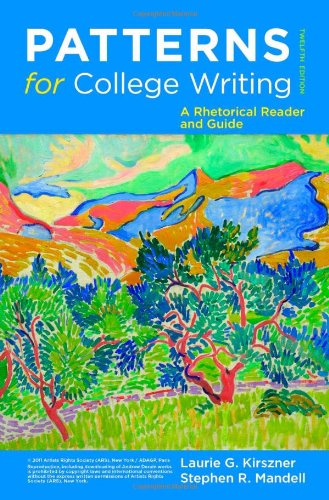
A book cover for Patterns for College Writing: A Rhetorical Reader and Guide, 12th Edition; Laurie G. Kirszner; Reference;